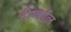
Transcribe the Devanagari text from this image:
दीर्ग्काल